Annual administration report of the Civil Veterinary Department, Ajmere-Merwara, British Rajputana - 1914-1940
Year: 1914
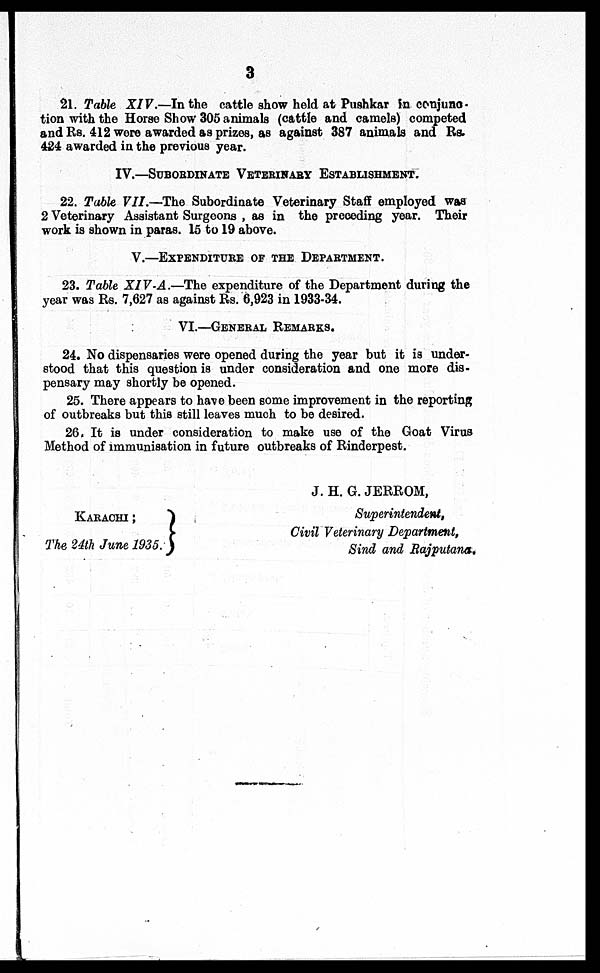
3
21. Table XIV.—In the cattle show held at Pushkar in conjune-
tion with the Horse Show 305 animals (cattle and camels) competed
and Rs. 412 were awarded as prizes, as against 387 animals and Rs.
424 awarded in the previous year.
IV.—SUBORDINATE VETERINARY ESTABLISHMENT.
22. Table VII.—The Subordinate Veterinary Staff employed was
2 Veterinary Assistant Surgeons, as in the preceding year. Their
work is shown in paras. 15 to 19 above.
V.—EXPENDITURE OF THE DEPARTMENT.
23. Table XIV-A.—The expenditure of the Department during the
year was Rs. 7,627 as against Rs. 6,923 in 1933-34.
VI.—GENERAL REMARKS.
24. No dispensaries were opened during the year but it is under-
stood that this question is under consideration and one more dis-
pensary may shortly be opened.
25. There appears to have been some improvement in the reporting
of outbreaks but this still leaves much to be desired.
26. It is under consideration to make use of the Goat Virus
Method of immunisation in future outbreaks of Rinderpest.
KARACHI ;
The 24th June 1935.
J. H. G. JERROM,
Superintendent,
Civil Veterinary Department,
Sind and Rajputana.